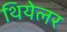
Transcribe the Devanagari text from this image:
थियेलर